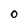
Character: 0